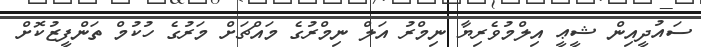
ސައުދީއިން ޝީޢީ އިލްމުވެރިޔާ ނިމްރު އަލް ނިމްރުގެ މައްޗަށް މަރުގެ ހުކުމް ތަންފީޒުކޮށް